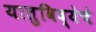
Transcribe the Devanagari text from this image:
यातुविद्येचे